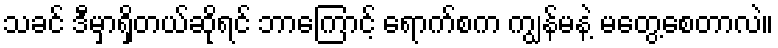
သခင် ဒီမှာရှိတယ်ဆိုရင် ဘာကြောင့် ရောက်စက ကျွန်မနဲ့ မတွေ့စေတာလဲ။